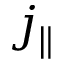
j _ { \| }